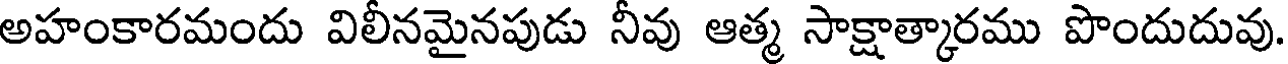
అహంకారమందు విలీనమైనపుడు నీవు ఆత్మ సాక్షాత్కారము పొందుదువు